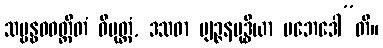
သမ္ဗန္ဓဝဝတ္ထိတံ ဝိမုတ္တံ, ဒသဓာ ဗျဉ္ဇနဗုဒ္ဓိယာ ပဘေဒေါ”တိ။